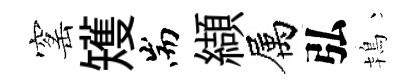
窰矱耑纈属弘鴇